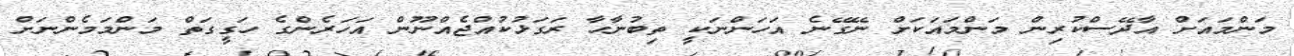
މަންމައަށް އާދޭސްކުރިން މަންމައަކަށް ނޭގޭނެ އަހަންނަކީ ތިބުނާހާ ރަގަޅުކުއްޖެއްނޫން އަހަރެންގެ ހަގީގަތް މަންމަމެންނަށް